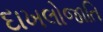
દાખલોજાતિ